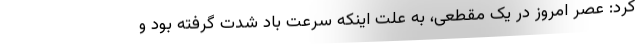
کرد: عصر امروز در یک مقطعی، به علت اینکه سرعت باد شدت گرفته بود و